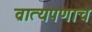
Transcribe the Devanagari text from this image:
व्रात्यपणाच